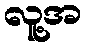
လူ့အ